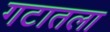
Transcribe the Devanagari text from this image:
गटातला